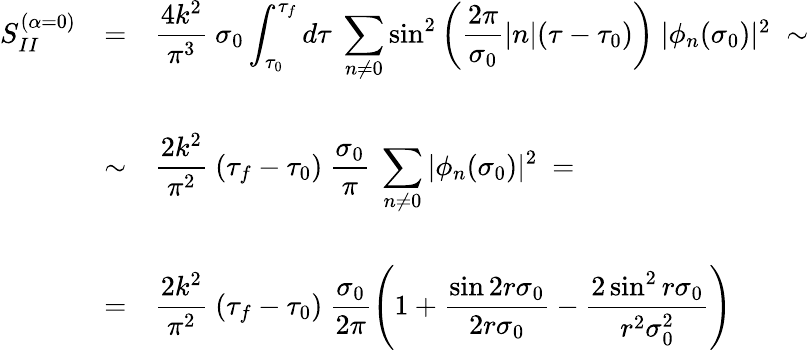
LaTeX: \begin{array}{lcl}{{S_{II}^{(\alpha=0)}}}&{{=}}&{{{\displaystyle\frac{4k^{2}}{\pi^{3}}~\sigma_{0}\int_{\tau_{0}}^{\tau_{f}}d\tau~\sum_{n\neq 0}^{}{\sin}^{2}\left(\frac{2\pi}{\sigma_{0}}|n|(\tau-\tau_{0})\right)}~|\phi_{n}(\sigma_{0})|^{2}\; \sim}}\\ {{}}&{{}}&{{}}\\ {{}}&{{\sim}}&{{{\displaystyle\frac{2k^{2}}{\pi^{2}}~(\tau_{f}-\tau_{0})~\frac{\sigma_{0}}{\pi}~\sum_{n\neq 0}^{}|\phi_{n}(\sigma_{0})|^{2}}~=}}\\ {{}}&{{}}&{{}}\\ {{}}&{{=}}&{{{\displaystyle\frac{2k^{2}}{\pi^{2}}~(\tau_{f}-\tau_{0})~\frac{\sigma_{0}}{2\pi}\left(1+\frac{\sin 2r\sigma_{0}}{2r\sigma_{0}}-\frac{2\, {\sin}^{2}\, r\sigma_{0}}{r^{2}\sigma_{0}^{2}}\right)}}}\end{array}